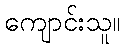
ကျောင်းသူ။